画像に写った文字を読んでください
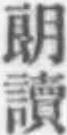
「朗讀」と書いてあります